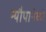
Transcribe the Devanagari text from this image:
न्यौपानेको